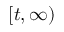
[ t , \infty )